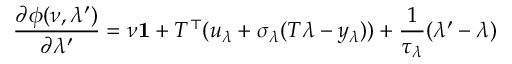
\frac { \partial \phi ( \nu , \lambda ^ { \prime } ) } { \partial \lambda ^ { \prime } } = \nu \mathbf { 1 } + T ^ { \top } ( u _ { \lambda } + \sigma _ { \lambda } ( T \lambda - y _ { \lambda } ) ) + \frac { 1 } { \tau _ { \lambda } } ( \lambda ^ { \prime } - \lambda )